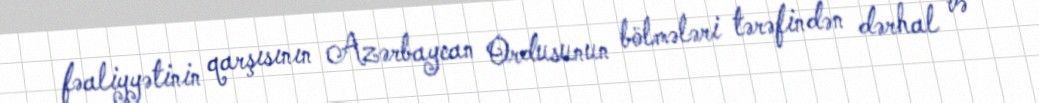
fəaliyyətinin qarşısının Azərbaycan Ordusunun bölmələri tərəfindən dərhal və